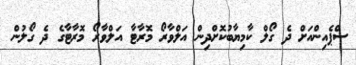
ސްޕެއިންއަށް ދެ ގޯލް ކާމިޔާބުކޮށްދިން އަލްވާރޯ މޮރާޓާ އަލްވާރޯ މޮރާޓާގެ ދެ ގޯލުން